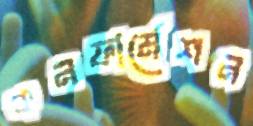
কনফার্মেশন